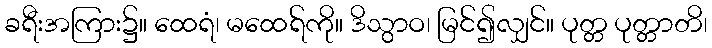
ခရီးအကြား၌။ ထေရံ၊ မထေရ်ကို။ ဒိသွာဝ၊ မြင်၍လျှင်။ ပုတ္တ ပုတ္တာတိ၊